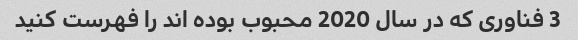
3 فناوری که در سال 2020 محبوب بوده اند را فهرست کنید